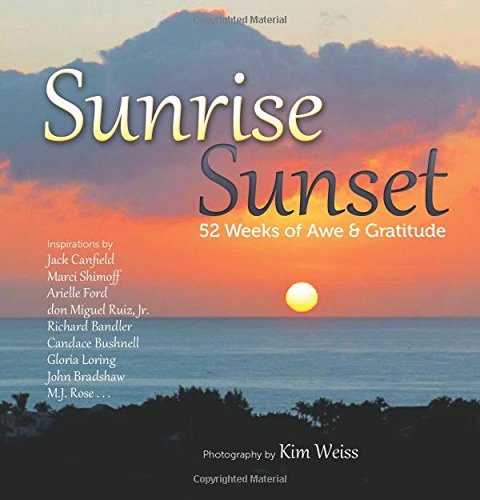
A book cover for Sunrise, Sunset: 52 Weeks of Awe and Gratitude; Kim Weiss; Science & Math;